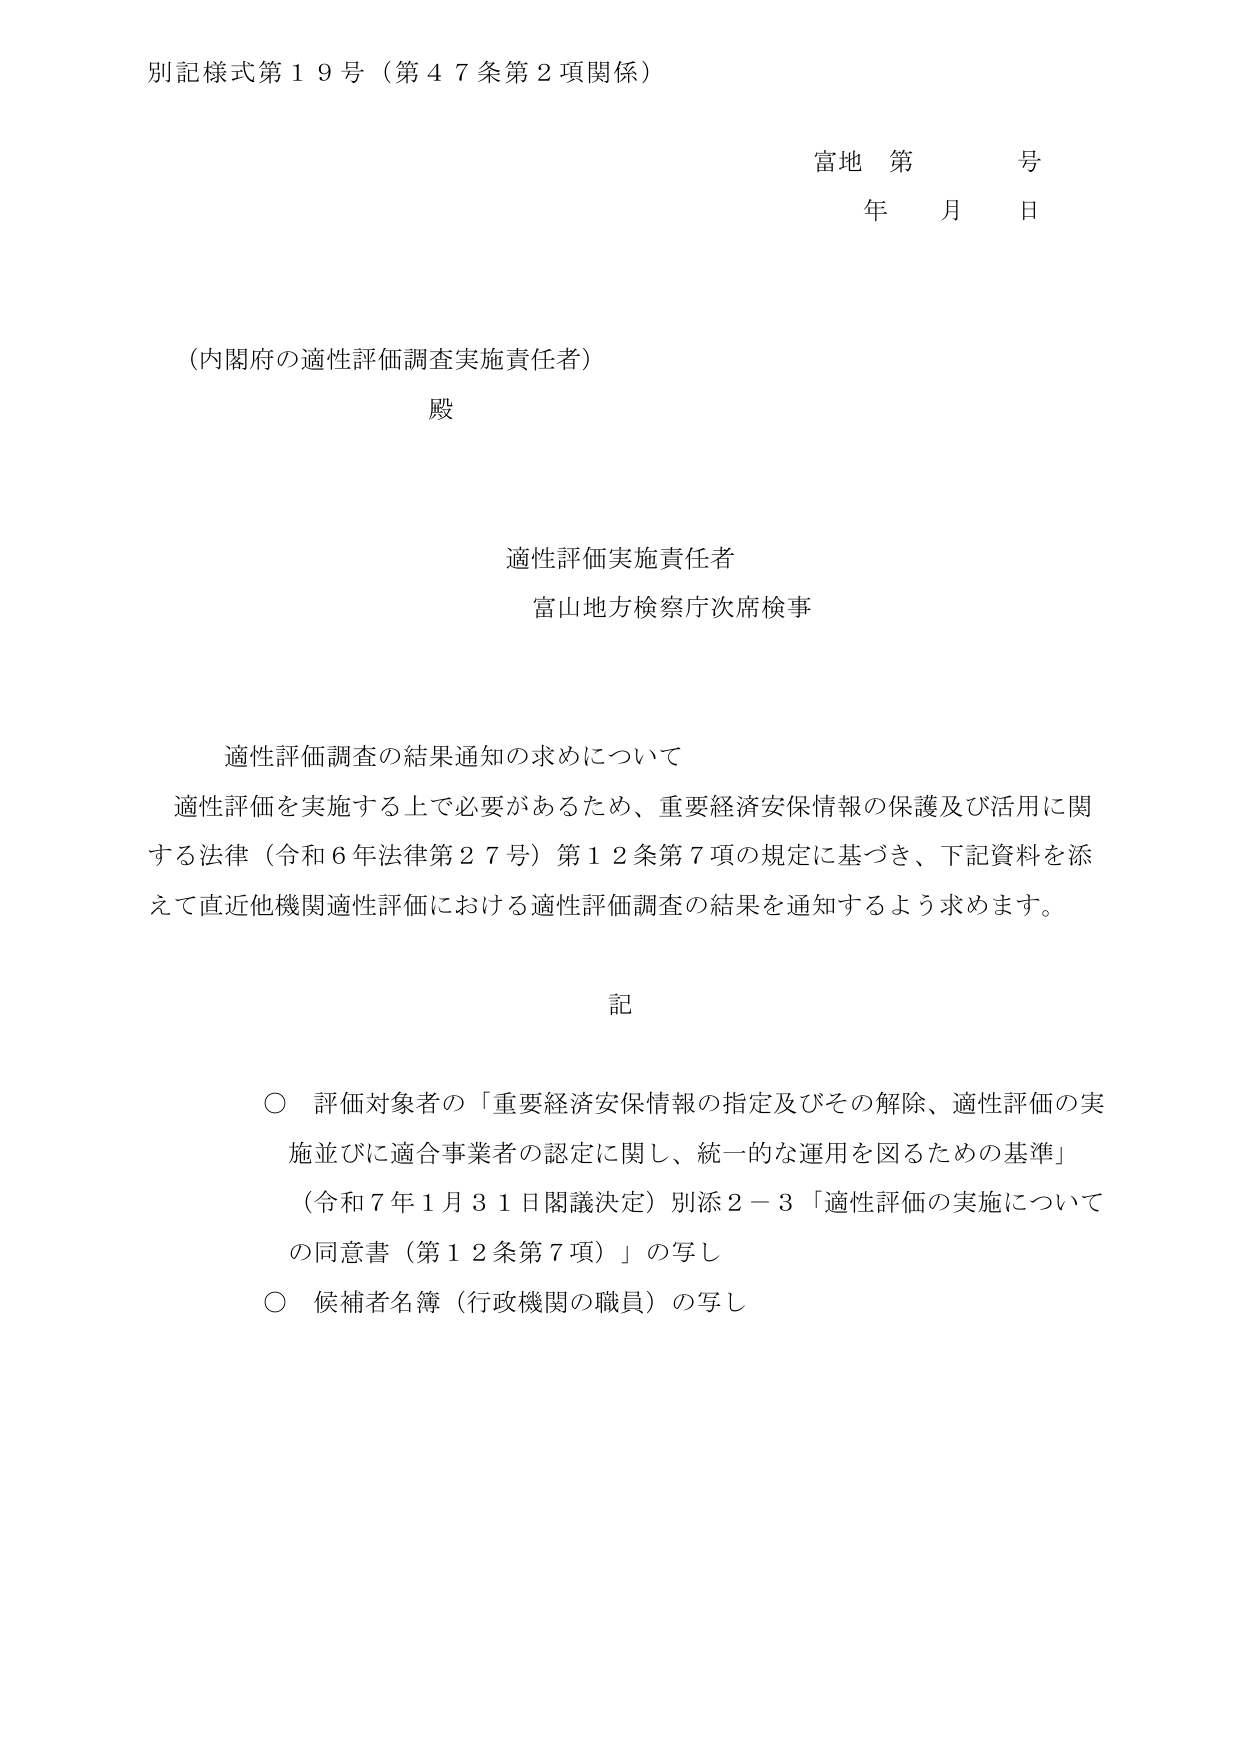
別記様式第１９号（第４７条第２項関係）

富地 第 号
年 月 日

（内閣府の適性評価調査実施責任者）
殿

適性評価実施責任者
富山地方検察庁次席検事

適性評価調査の結果通知の求めについて
適性評価を実施する上で必要があるため、重要経済安保情報の保護及び活用に関する法律（令和６年法律第２７号）第１２条第７項の規定に基づき、下記資料を添えて直近他機関適性評価における適性評価調査の結果を通知するよう求めます。

記

○ 評価対象者の「重要経済安保情報の指定及びその解除、適性評価の実施並びに適合事業者の認定に関し、統一的な運用を図るための基準」
（令和７年１月３１日閣議決定）別添２－３「適性評価の実施についての同意書（第１２条第７項）」の写し
○ 候補者名簿（行政機関の職員）の写し